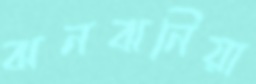
ঝনঝনিয়া